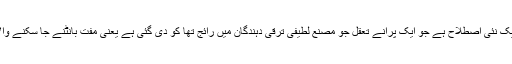
آزاد مصدر ایک نئی اصطلاح ہے جو ایک پرانے تعقل جو مصنع لطیفی ترقی دہندگان میں رائج تھا کو دی گئی ہے یعنی مفت بانٹنے جا سکنے والا سافٹ ویئر۔